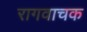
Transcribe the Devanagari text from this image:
रागवाचक